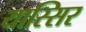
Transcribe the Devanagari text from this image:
यास्सिर